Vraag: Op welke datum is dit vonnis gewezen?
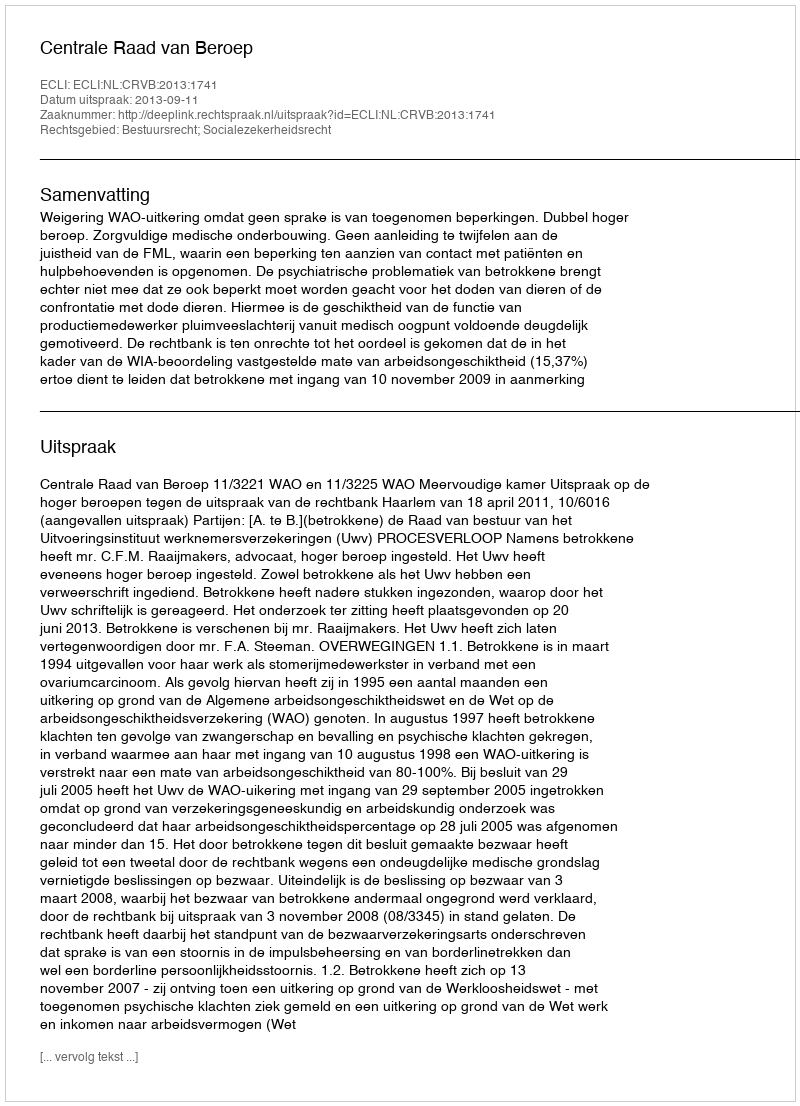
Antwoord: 2013-09-11